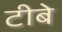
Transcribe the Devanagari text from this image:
टीबे